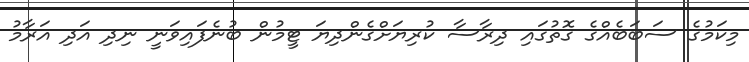
މިކަމުގެ ސަބަބެއްގެ ގޮތުގައި ދިރާސާ ކުރިޔަށްގެންދިޔަ ޓީމުން ބުނެފައިވަނީ ނިދި އަދި އަރާމު